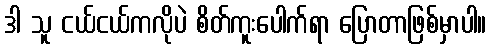
ဒါ သူ ငယ်ငယ်ကလိုပဲ စိတ်ကူးပေါက်ရာ ပြောတာဖြစ်မှာပါ။